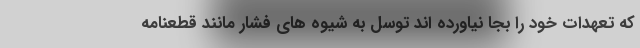
که تعهدات خود را بجا نیاورده اند توسل به شیوه های فشار مانند قطعنامه